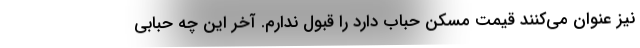
نیز عنوان می‌کنند قیمت مسکن حباب دارد را قبول ندارم. آخر این چه حبابی